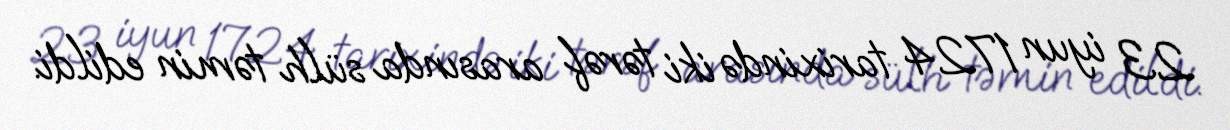
23 iyun 1724 tarixində iki tərəf arasında sülh təmin edildi.